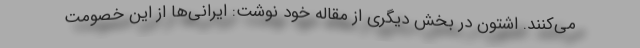
می‌کنند. اشتون در بخش دیگری از مقاله خود نوشت: ایرانی‌ها از این خصومت